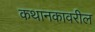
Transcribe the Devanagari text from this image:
कथानकावरील